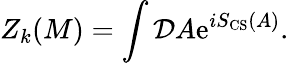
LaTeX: Z_{k}(M)=\int{\cal D}A\mathrm{e}^{iS_{\mathrm{CS}}(A)}.